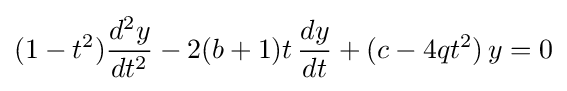
(1-t^{2}){\frac {d^{2}y}{dt^{2}}}-2(b+1)t\,{\frac {dy}{dt}}+(c-4qt^{2})\,y=0